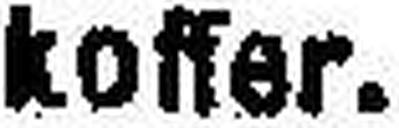
koffer